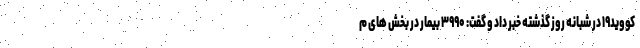
کووید۱۹ در شبانه روز گذشته خبر داد و گفت: ۳۹۹۰ بیمار در بخش های م